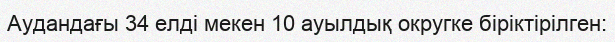
Аудандағы 34 елді мекен 10 ауылдық округке біріктірілген: